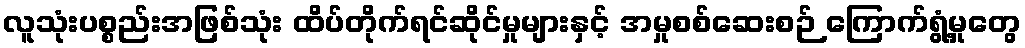
လူသုံးပစ္စည်းအဖြစ်သုံး ထိပ်တိုက်ရင်ဆိုင်မှုများနှင့် အမှုစစ်ဆေးစဉ် ကြောက်ရွံ့မှုတွေ